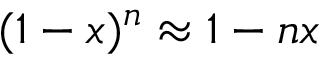
( 1 - x ) ^ { n } \approx { 1 - n x }